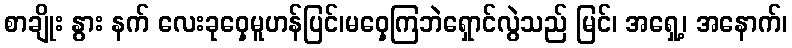
စာချိုး နွား နက် လေးခုဝှေ့မူဟန်ပြင်၊မဝှေ့ကြဘဲရှောင်လွဲသည် မြင်၊ အရှေ့၊ အနောက်၊